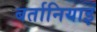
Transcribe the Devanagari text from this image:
बर्तानियाइ